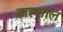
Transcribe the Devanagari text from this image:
हाल्साल